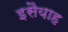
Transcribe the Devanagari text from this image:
इसैयाह